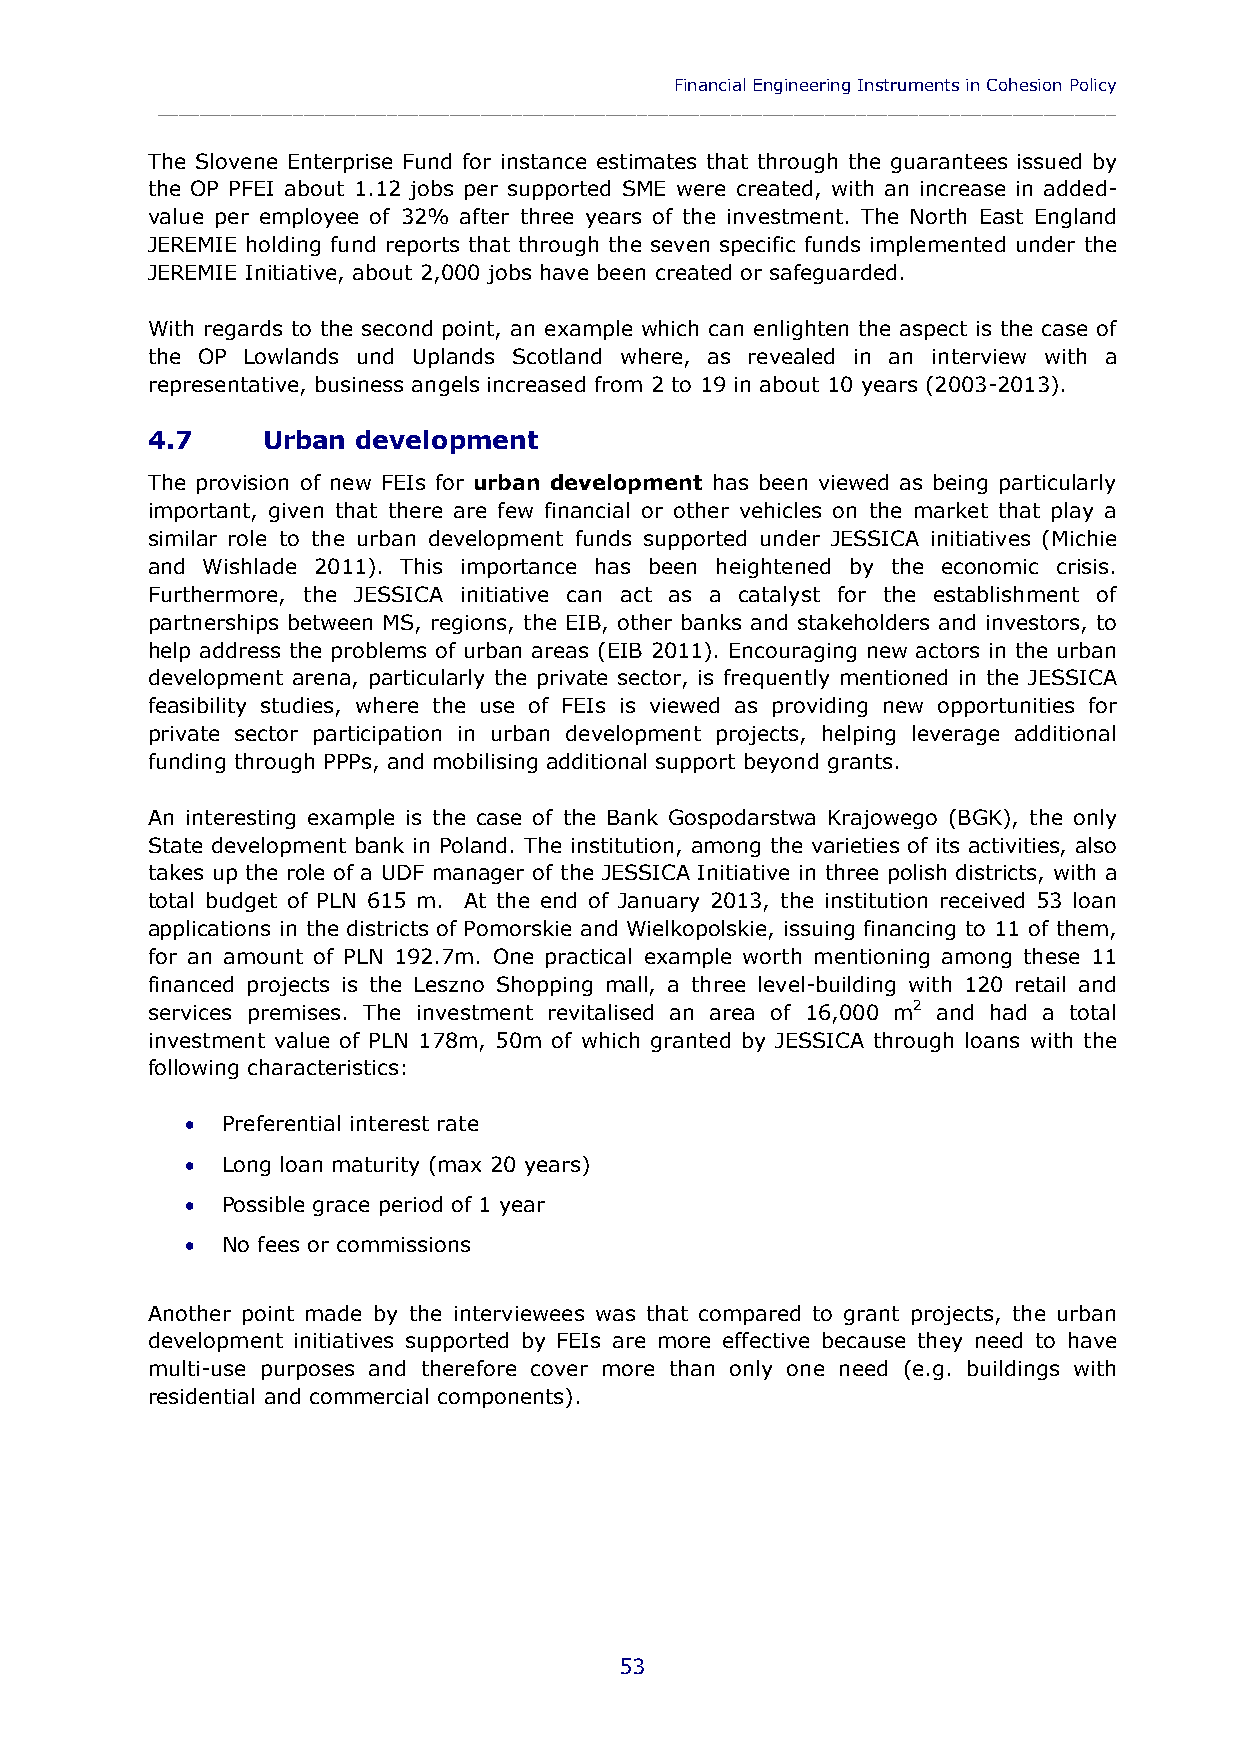
Financial Engineering Instruments in Cohesion Policy
 ____________________________________________________________________________________________
 The Slovene Enterprise Fund for instance estimates that through the guarantees issued by
 the OP PFEI about 1.12 jobs per supported SME were created, with an increase in added-
 value per employee of 32% after three years of the investment. The North East England
 JEREMIE holding fund reports that through the seven specific funds implemented under the
 JEREMIE Initiative, about 2,000 jobs have been created or safeguarded.
 With regards to the second point, an example which can enlighten the aspect is the case of
 the OP Lowlands und Uplands Scotland where, as revealed in an interview with a
 representative, business angels increased from 2 to 19 in about 10 years (2003-2013).
 4.7    Urban  development
 The provision of new FEIs for urban development has been viewed as being particularly
 important, given that there are few financial or other vehicles on the market that play a
 similar role to the urban development funds supported under JESSICA initiatives (Michie
 and Wishlade 2011). This importance has been heightened by the economic crisis.
 Furthermore, the JESSICA initiative can act as a catalyst for the establishment of
 partnerships between MS, regions, the EIB, other banks and stakeholders and investors, to
 help address the problems of urban areas (EIB 2011). Encouraging new actors in the urban
 development arena, particularly the private sector, is frequently mentioned in the JESSICA
 feasibility studies, where the use of FEIs is viewed as providing new opportunities for
 private sector participation in urban development projects, helping leverage additional
 funding through PPPs, and mobilising additional support beyond grants.
 An interesting example is the case of the Bank Gospodarstwa Krajowego (BGK), the only
 State development bank in Poland. The institution, among the varieties of its activities, also
 takes up the role of a UDF manager of the JESSICA Initiative in three polish districts, with a
 total budget of PLN 615 m. At the end of January 2013, the institution received 53 loan
 applications in the districts of Pomorskie and Wielkopolskie, issuing financing to 11 of them,
 for an amount of PLN 192.7m. One practical example worth mentioning among these 11
 financed projects is the Leszno Shopping mall, a three level-building with 120 retail and
 services premises. The investment revitalised an area of 16,000 m2 and had a total
 investment value of PLN 178m, 50m of which granted by JESSICA through loans with the
 following characteristics:
   Preferential interest rate
   Long loan maturity (max 20 years)
   Possible grace period of 1 year
   No fees or commissions
 Another point made by the interviewees was that compared to grant projects, the urban
 development initiatives supported by FEIs are more effective because they need to have
 multi-use purposes and therefore cover more than only one need (e.g. buildings with
 residential and commercial components).
 53